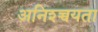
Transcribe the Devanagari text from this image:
अनिश्च्चयता